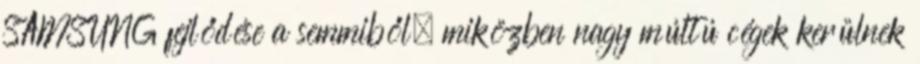
SAMSUNG fejlődése a semmiből, miközben nagy múltú cégek kerülnek